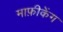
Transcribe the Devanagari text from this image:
माफ़ीकेंग